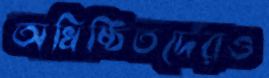
অধিষ্ঠিতদেরও